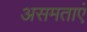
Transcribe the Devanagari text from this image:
असमताएं